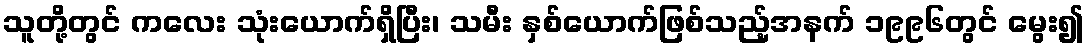
သူတို့တွင် ကလေး သုံးယောက်ရှိပြီး၊ သမီး နှစ်ယောက်ဖြစ်သည့်အနက် ၁၉၉၆တွင် မွေး၍